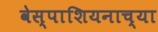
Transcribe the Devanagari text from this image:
वेस्पाशियनाच्या